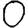
Digit: 0